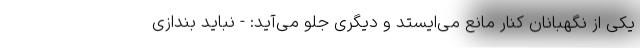
یکی از نگهبانان کنار مانع می‌ایستد و دیگری جلو می‌آید: - نباید بندازی